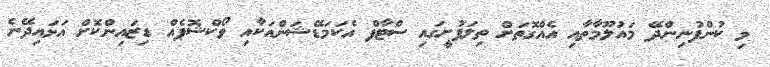
މި ކުންފުނިންދޭ މައުލޫމާތާއި އެއްގޮތަށް ތިލަފުށީގައި ސްޓާފް އެކަމަޑޭޝަންއަކާއި ވޯކްޝޮޕެއް ޑިޒައިންކޮށް އަޅައިދޭނެ